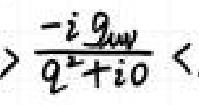
$\frac{-i g_{\omega\omega}}{q^{2}+i0}<$